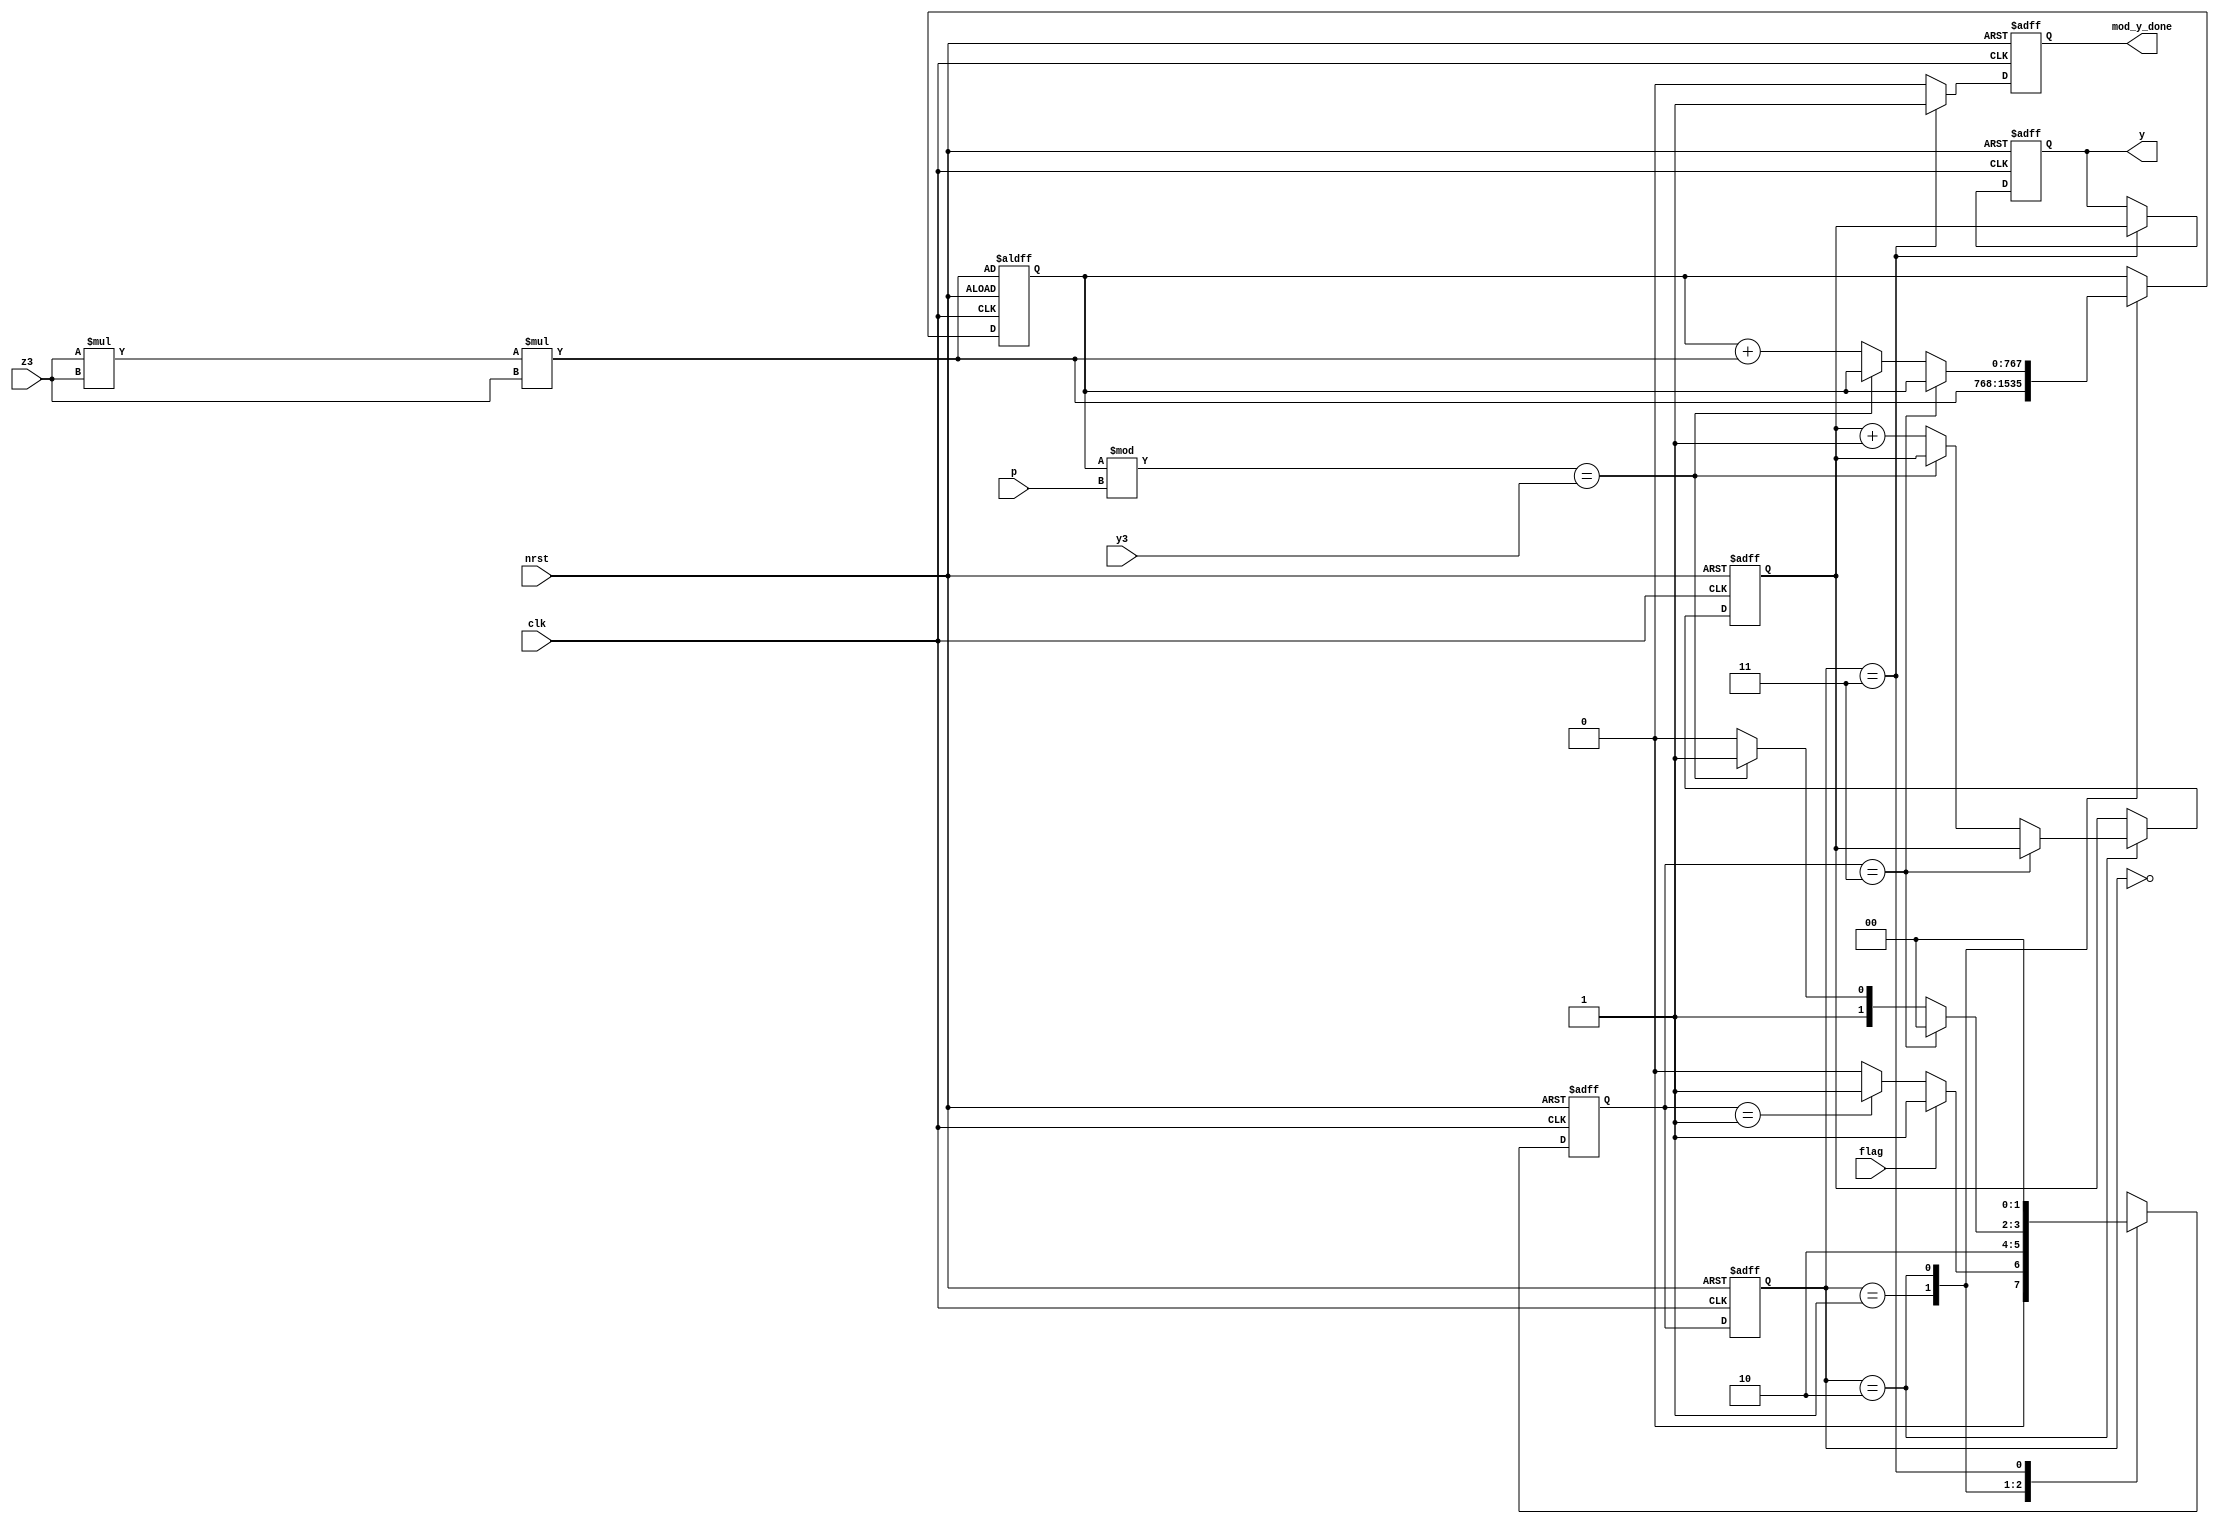
//y
module y_jacob_to_affine(
	input	clk,
	input	nrst,
	input	[255:0]	y3,
	input	[255:0]	z3,
	input [255:0]  p,
	input	flag,
	output	reg	[255:0]	y,
	output	reg	mod_y_done
);
parameter IDLE = 0, START = 1, COMPUTE = 2, DONE = 3;

reg	[1:0]	state,nextstate;
always@(posedge clk or negedge nrst)begin
	if(!nrst)
		state	<=	IDLE;
	else
		state	<=	nextstate;
end

reg	[255:0]		counter;
reg	[767:0]		fenmu_3;

always@(posedge clk or negedge nrst)begin
	if(!nrst)	begin
		nextstate	<=	IDLE;
		counter	<=	256'd1;
		fenmu_3	<=	z3	*	z3	*	z3;
	end
	else	begin
	case(state)
	IDLE:		if(flag)
					nextstate	<=	START;
				else	if(nextstate	==	START)
					nextstate	<=	START;
				else
					nextstate	<=	IDLE;
	START:		begin
					nextstate	<=	COMPUTE;
					fenmu_3	<=	z3	*	z3	*	z3;
				end	
	COMPUTE:	if(nextstate	==	DONE)
					nextstate	<=	IDLE;
				else	if((fenmu_3	%	p)	==	y3)
					nextstate	<=	DONE;
				else	begin
					counter	<=	counter	+	1;
					nextstate	<=	COMPUTE;
					fenmu_3	<=	fenmu_3	+	(z3	*	z3	*	z3);
				end
	DONE:		nextstate	<=	IDLE;
	endcase
	end
end

always@(posedge clk or negedge nrst)begin
	if(!nrst)begin
		mod_y_done	<=	1'b0;
		y	<=	256'd0;
	end
	else	if(state == DONE)begin
		mod_y_done	<=	1'b1;
		y	<=	counter;
	end
	else	begin
		mod_y_done	<=	1'b0;
		y	<=	y;
	end
end

endmodule